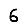
Digit: 6